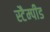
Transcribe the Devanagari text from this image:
स्टैम्पीड